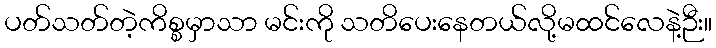
ပတ်သတ်တဲ့ကိစ္စမှာသာ မင်းကို သတိပေးနေတယ်လို့မထင်လေနဲ့ဉီး။